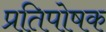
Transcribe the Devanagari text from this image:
प्रतिपोषक